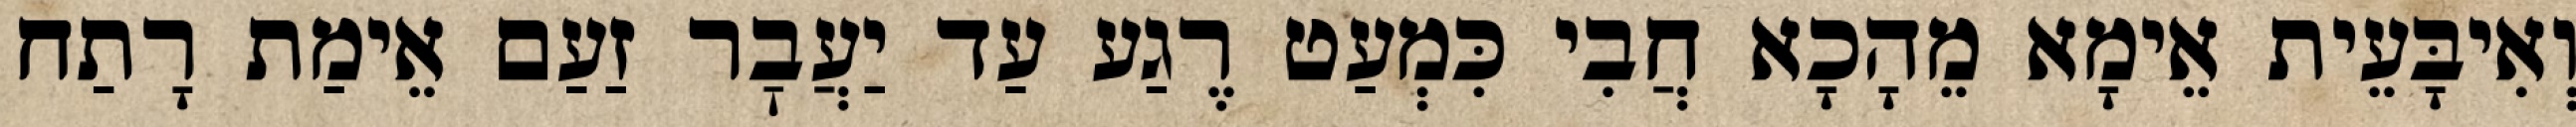
וְאִיבָּעֵית אֵימָא מֵהָכָא חֲבִי כִּמְעַט רֶגַע עַד יַעֲבׇר זַעַם אֵימַת רָתַח